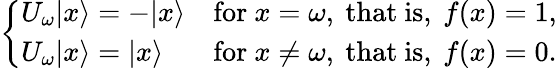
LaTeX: \left\{ \begin{array}{ll}{U_{\omega}|x\rangle=-|x\rangle}&{{\mathrm{for~}}x=\omega{\mathrm{,~that~is,~}}f(x)=1,}\\ {U_{\omega}|x\rangle=|x\rangle}&{{\mathrm{for~}}x\neq\omega{\mathrm{,~that~is,~}}f(x)=0.}\end{array}\right.